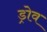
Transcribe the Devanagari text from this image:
ड्रोव